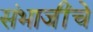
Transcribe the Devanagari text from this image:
संभाजींचे